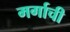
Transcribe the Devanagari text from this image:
मर्गाची